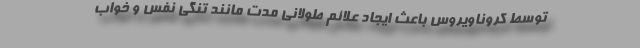
توسط کروناویروس باعث ایجاد علائم طولانی ‌مدت مانند تنگی نفس و خواب‌